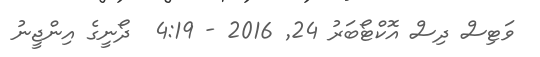
ވަޓިސް ދިސް އޮކްޓޯބަރު 24